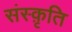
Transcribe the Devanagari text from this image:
संस्‍क़ृति